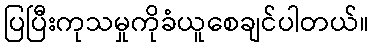
ပြပြီးကုသမှုကိုခံယူစေချင်ပါတယ်။